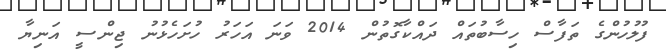
ފުލުހުންގެ ތަފާސް ހިސާބުތައް ދައްކާގޮތުން 2014 ވަނަ އަހަރު ހުށަހެޅުނު ޖިންސީ އަނިޔާ